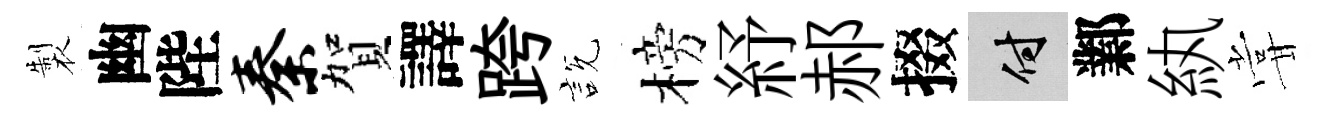
製幽陛秦賀譯跨説榜紓郝掇付鄴紈甞